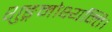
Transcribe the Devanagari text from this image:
शुङ्गमोक्ष्यन्ति।